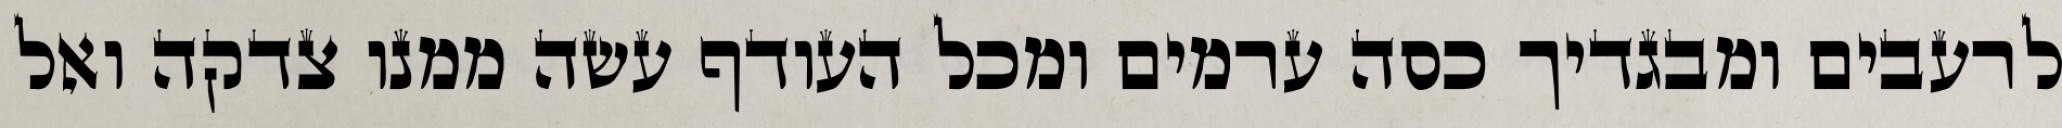
לרעבים ומבגדיך כסה ערמים ומכל העודף עשה ממנו צדקה ואל